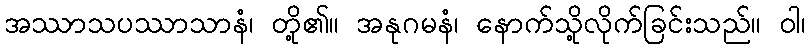
အဿာသပဿာသာနံ၊ တို့၏။ အနုဂမနံ၊ နောက်သို့လိုက်ခြင်းသည်။ ဝါ၊